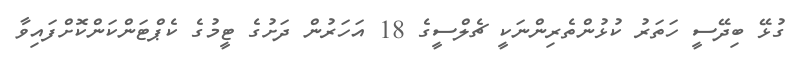
ގުޅޭ ބިދޭސީ ހަތަރު ކުޅުންތެރިންނަކީ ޗެލްސީގެ 18 އަހަރުން ދަށުގެ ޓީމުގެ ކެޕްޓަންކަންކޮށްފައިވާ